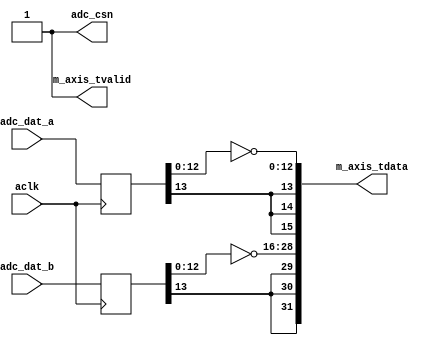
module axis_red_pitaya_adc #
(
  parameter integer ADC_DATA_WIDTH = 14,
  parameter integer AXIS_TDATA_WIDTH = 32
)
(
  // System signals
  input  wire                        aclk,

  // ADC signals
  output wire                        adc_csn,
  input  wire [ADC_DATA_WIDTH-1:0]   adc_dat_a,
  input  wire [ADC_DATA_WIDTH-1:0]   adc_dat_b,

  // Master side
  output wire                        m_axis_tvalid,
  output wire [AXIS_TDATA_WIDTH-1:0] m_axis_tdata
);
  localparam PADDING_WIDTH = AXIS_TDATA_WIDTH/2 - ADC_DATA_WIDTH;

  reg  [ADC_DATA_WIDTH-1:0] int_dat_a_reg;
  reg  [ADC_DATA_WIDTH-1:0] int_dat_b_reg;

  always @(posedge aclk)
  begin
    int_dat_a_reg <= adc_dat_a;
    int_dat_b_reg <= adc_dat_b;
  end

  assign adc_csn = 1'b1;

  assign m_axis_tvalid = 1'b1;

  assign m_axis_tdata = {
    {(PADDING_WIDTH+1){int_dat_b_reg[ADC_DATA_WIDTH-1]}}, ~int_dat_b_reg[ADC_DATA_WIDTH-2:0],
    {(PADDING_WIDTH+1){int_dat_a_reg[ADC_DATA_WIDTH-1]}}, ~int_dat_a_reg[ADC_DATA_WIDTH-2:0]};

endmodule